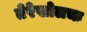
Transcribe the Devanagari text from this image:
तेरेखोलचा